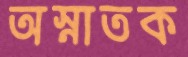
অস্নাতক